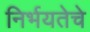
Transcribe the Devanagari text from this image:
निर्भयतेचे